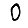
Digit: 0